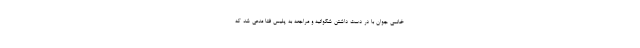
خانمی جوان با در دست داشتن شکوائیه‌ و مراجعه به پلیس فتا مدعی شد که